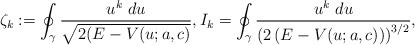
\begin{align*}\zeta_k:=\oint_\gamma\frac{u^k~du}{\sqrt{2(E-V(u;a,c)}},I_k=\oint_\gamma\frac{u^k~du}{\left(2\left(E-V(u;a,c)\right)\right)^{3/2}},\end{align*}